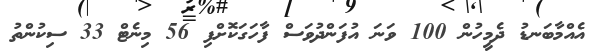
އެއްމާބަނޑު ދެމީހުން 100 ވަނަ އުފަންދުވަސް ފާހަގަކޮށްފި 56 މިނެޓް 33 ސިކުންތު